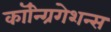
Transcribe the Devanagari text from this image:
कॉन्ग्रिगेशन्स